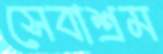
সেবাশ্রম